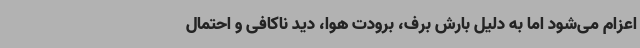
اعزام می‌شود اما به دلیل بارش برف، برودت هوا، دید ناکافی و احتمال